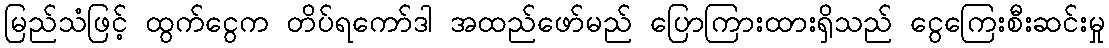
မြည်သံဖြင့် ထွက်ငွေက တိပ်ရကော်ဒါ အထည်ဖော်မည် ပြောကြားထားရှိသည် ငွေကြေးစီးဆင်းမှု